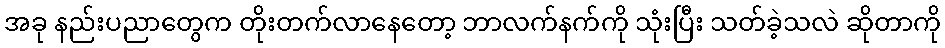
အခု နည်းပညာတွေက တိုးတက်လာနေတော့ ဘာလက်နက်ကို သုံးပြီး သတ်ခဲ့သလဲ ဆိုတာကို